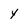
Character: y